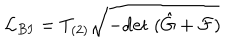
LaTeX: { \cal L } _ { B I } = T _ { ( 2 ) } \sqrt { - \mathrm { d e t } \; ( \hat { G } + { \cal F } ) }